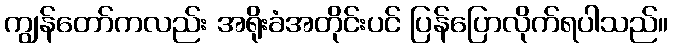
ကျွန်တော်ကလည်း အရိုးခံအတိုင်းပင် ပြန်ပြောလိုက်ရပါသည်။